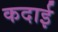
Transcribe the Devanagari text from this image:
कदाई